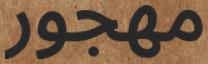
مھجور